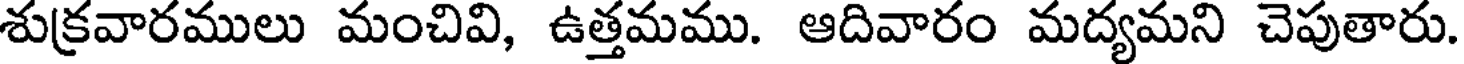
శుక్రవారములు మంచివి, ఉత్తమము. ఆదివారం మద్యమని చెపుతారు.